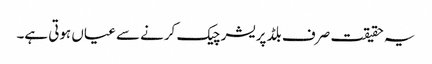
یہ حقیقت صرف بلڈ پریشر چیک کرنے سے عیاں ہوتی ہے۔